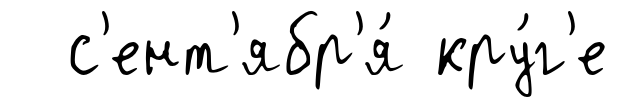
с'ент'ябр'я́ кру́г'е